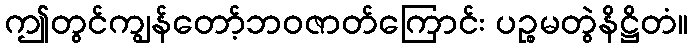
ဤတွင်ကျွန်တော့်ဘဝဇာတ်ကြောင်း ပဉ္စမတွဲနိဋ္ဌိတံ။